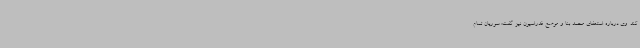
کند. وی درباره استعفای محمد بنا و موضع فدراسیون نیز گفت: سوریان تمام